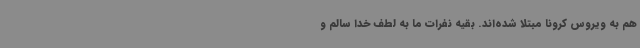
هم به ویروس کرونا مبتلا شده‌اند. بقیه نفرات ما به لطف خدا سالم و